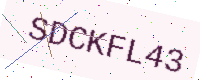
Text: SDCKFL43